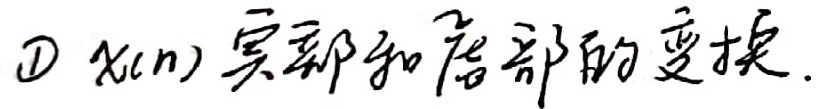
\(\textcircled{1}\) \(x(n)\)实部和虚部的变换.